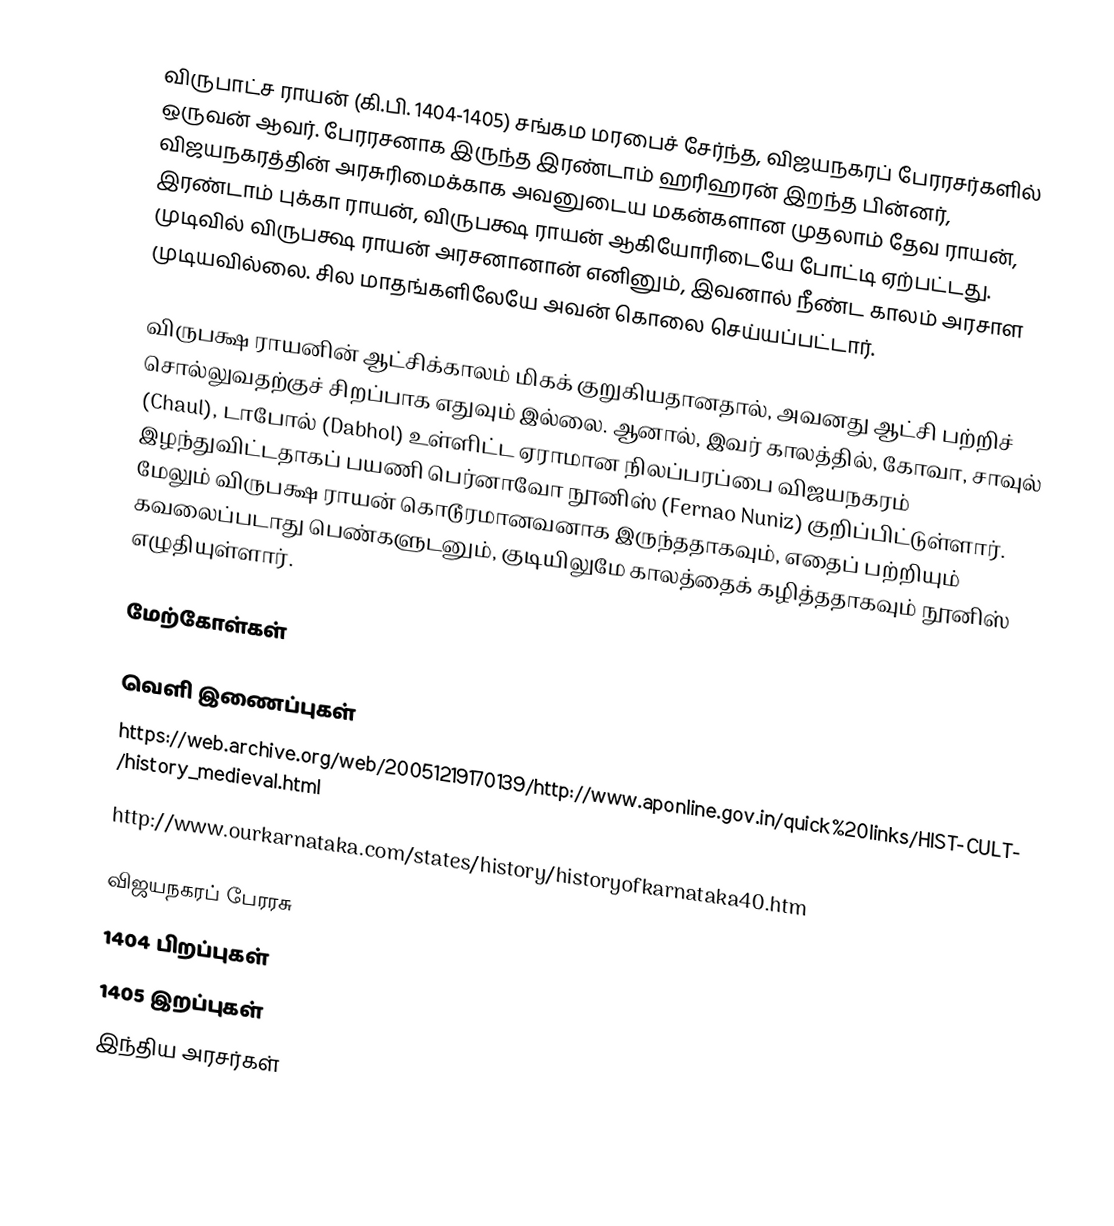
விருபாட்ச ராயன் (கி.பி. 1404-1405) சங்கம மரபைச் சேர்ந்த, விஜயநகரப் பேரரசர்களில் ஒருவன் ஆவர். பேரரசனாக இருந்த இரண்டாம் ஹரிஹரன் இறந்த பின்னர், விஜயநகரத்தின் அரசுரிமைக்காக அவனுடைய மகன்களான முதலாம் தேவ ராயன், இரண்டாம் புக்கா ராயன், விருபக்ஷ ராயன் ஆகியோரிடையே போட்டி ஏற்பட்டது. முடிவில் விருபக்ஷ ராயன் அரசனானான் எனினும், இவனால் நீண்ட காலம் அரசாள முடியவில்லை. சில மாதங்களிலேயே அவன் கொலை செய்யப்பட்டார்.

விருபக்ஷ ராயனின் ஆட்சிக்காலம் மிகக் குறுகியதானதால், அவனது ஆட்சி பற்றிச் சொல்லுவதற்குச் சிறப்பாக எதுவும் இல்லை. ஆனால், இவர் காலத்தில், கோவா, சாவுல் (Chaul), டாபோல் (Dabhol) உள்ளிட்ட ஏராமான நிலப்பரப்பை விஜயநகரம் இழந்துவிட்டதாகப் பயணி பெர்னாவோ நூனிஸ் (Fernao Nuniz) குறிப்பிட்டுள்ளார். மேலும் விருபக்ஷ ராயன் கொடூரமானவனாக இருந்ததாகவும், எதைப் பற்றியும் கவலைப்படாது பெண்களுடனும், குடியிலுமே காலத்தைக் கழித்ததாகவும் நூனிஸ் எழுதியுள்ளார்.

மேற்கோள்கள்

வெளி இணைப்புகள்
https://web.archive.org/web/20051219170139/http://www.aponline.gov.in/quick%20links/HIST-CULT/history_medieval.html
http://www.ourkarnataka.com/states/history/historyofkarnataka40.htm

விஜயநகரப் பேரரசு
1404 பிறப்புகள்
1405 இறப்புகள்
 இந்திய அரசர்கள்